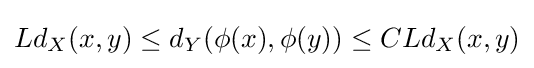
Ld_{X}(x,y)\leq d_{Y}(\phi (x),\phi (y))\leq CLd_{X}(x,y)